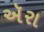
ઍરા